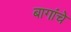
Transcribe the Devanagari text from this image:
बागांचे